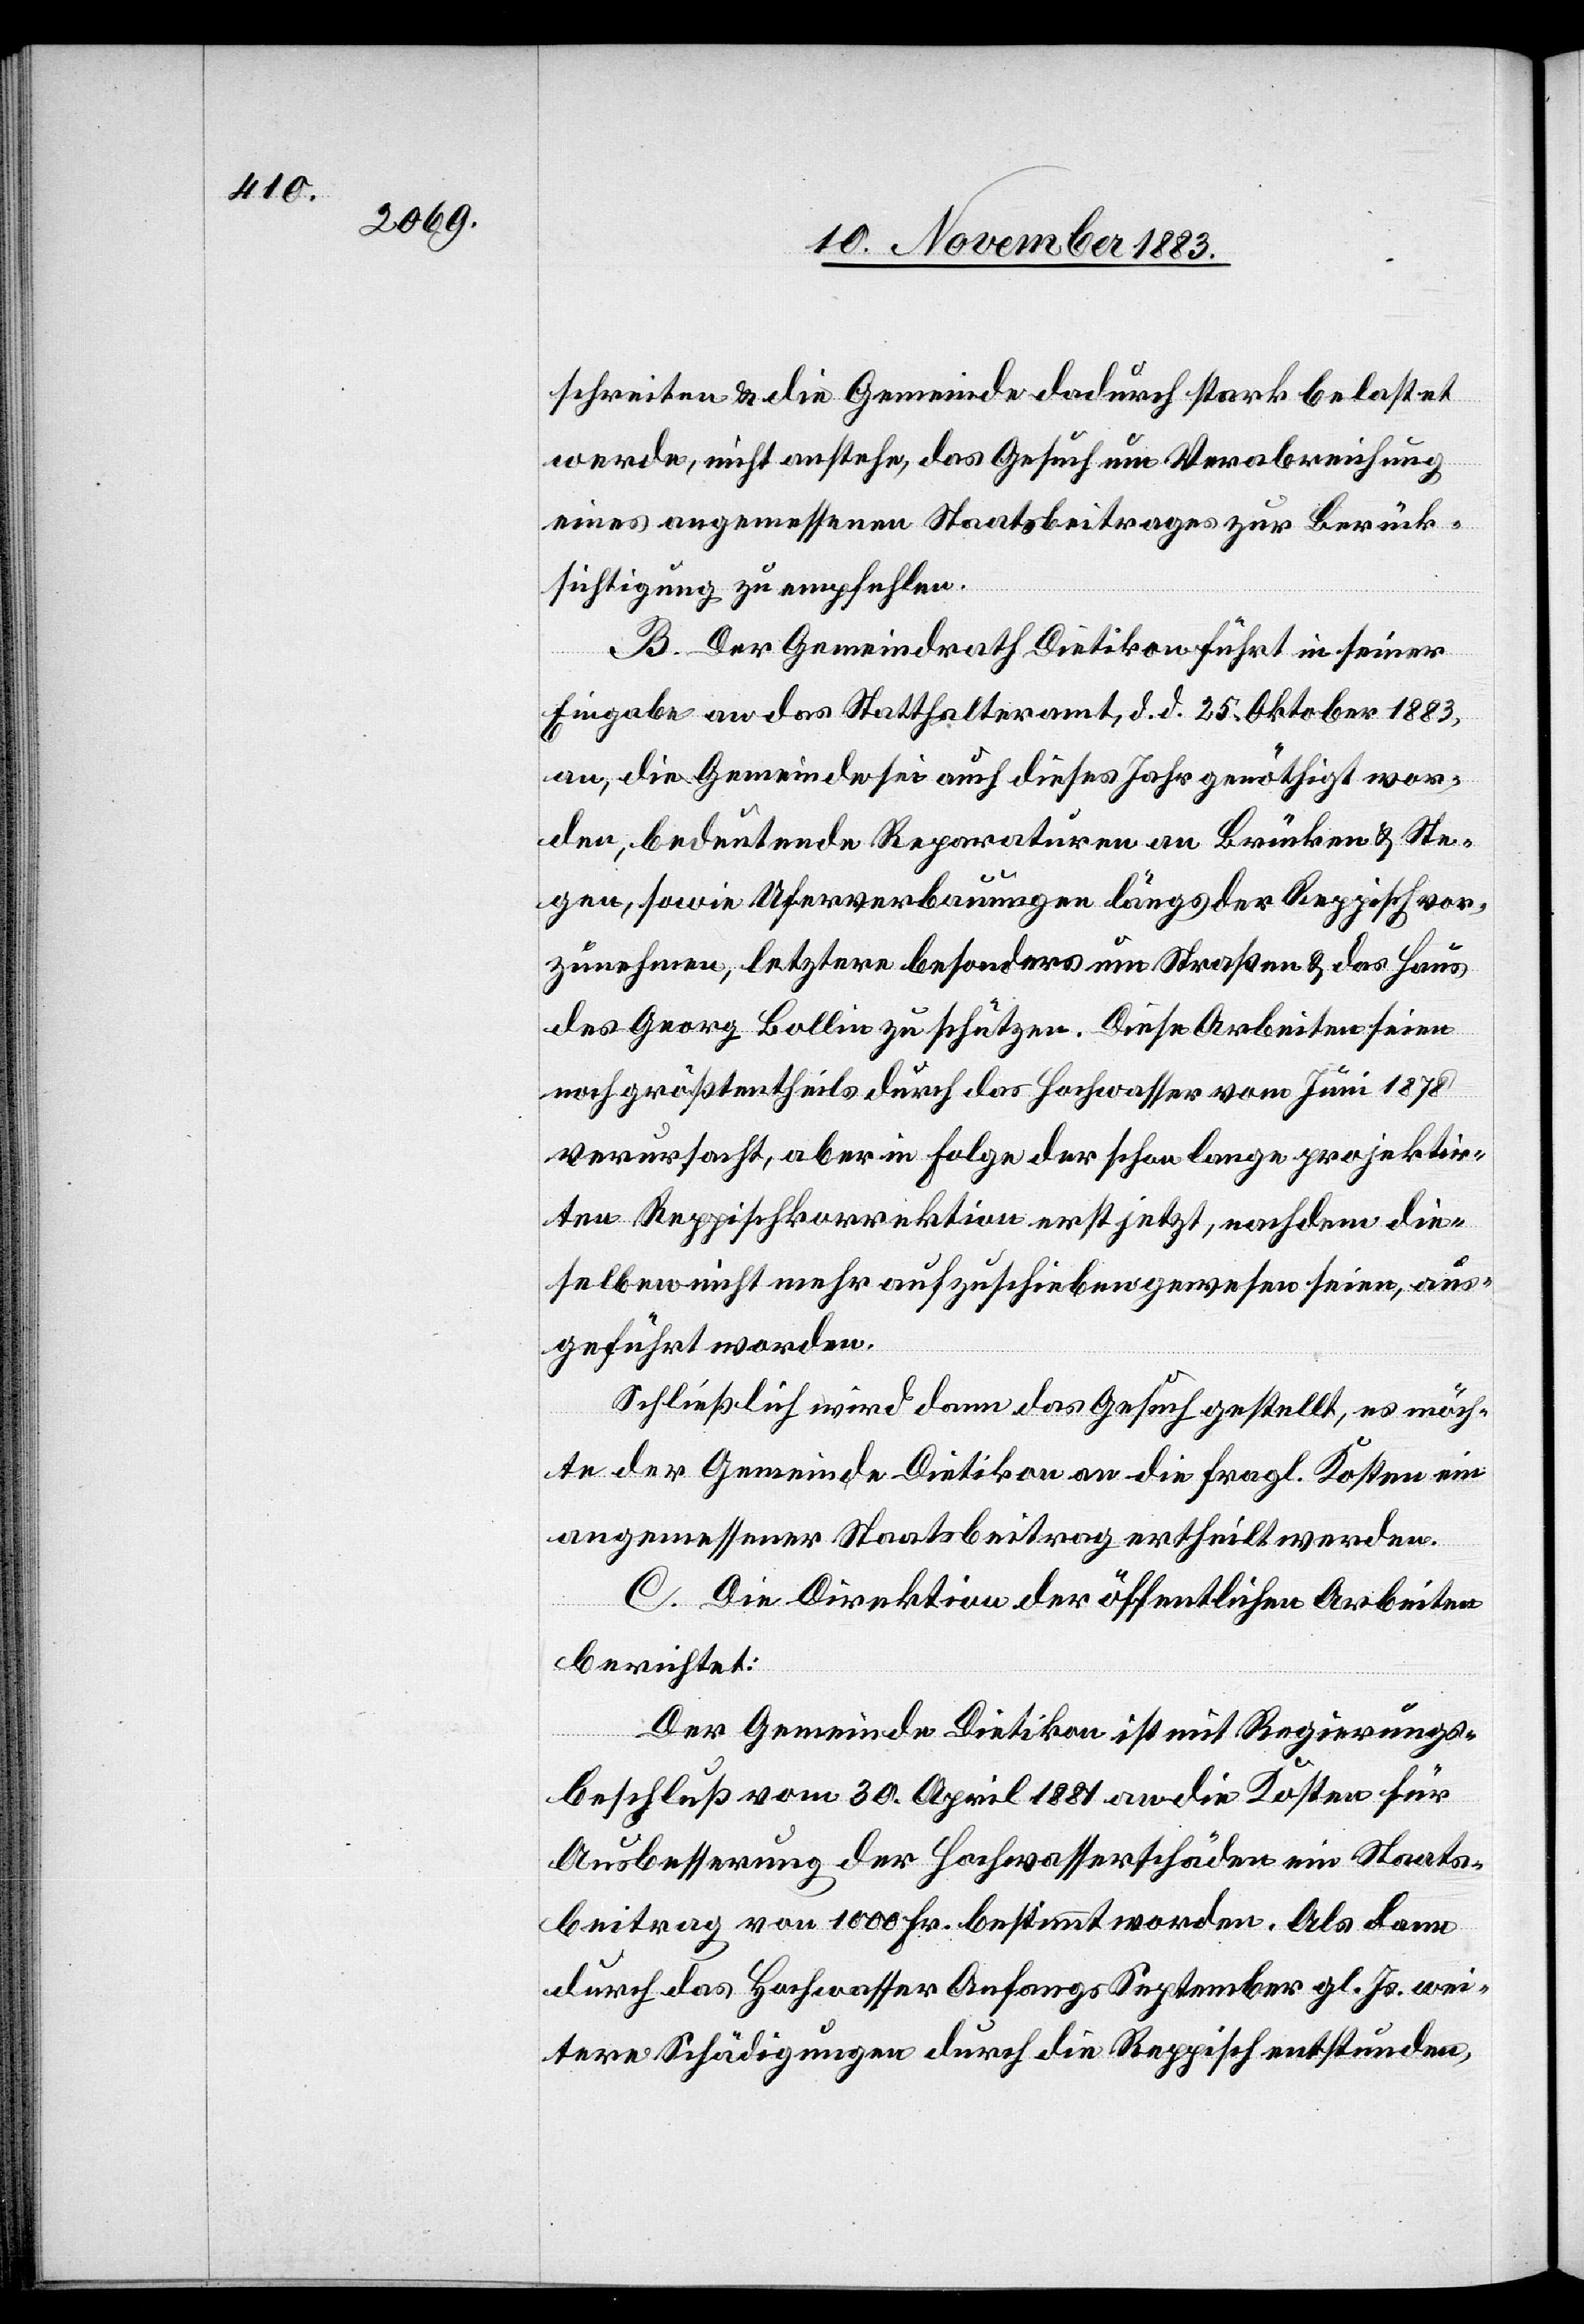
schreiten & die Gemeinde dadurch stark belastet
werde, nicht anstehe, das Gesuch um Verabreichung
eines angemessenen Staatsbeitrages zur Berück¬
sichtigung zu empfehlen.
B. Der Gemeindrath Dietikon führt in seiner
Eingabe an das Statthalteramt, d. d. 25. Oktober 1883,
an, die Gemeinde sei auch dieses Jahr genöthigt wor¬
den, bedeutende Reparaturen an Brücken & Ste¬
gen, sowie Uferverbauungen längs der Reppisch vor¬
zunehmen, letztere besonders um Straßen & das Haus
des Georg Bollin zu schützen. Diese Arbeiten seien
noch größtentheils durch das Hochwasser vom Juni 1878
verursacht, aber in Folge der schon lange projektir¬
ten Reppischkorrektion erst jetzt, nachdem die¬
selben nicht mehr aufzuschieben gewesen seien, aus¬
geführt worden.
Schließlich wird damit das Gesuch gestellt, es möch¬
te der Gemeinde Dietikon an die fragl. Kosten ein
angemessener Staatsbeitrag ertheilt werden.
C. Die Direktion der öffentlichen Arbeiten
berichtet:
Der Gemeinde Dietikon ist mit Regierungs¬
beschluß vom 30. April 1881 an die Kosten für
Ausbesserung der Hochwasserschäden ein Staats¬
beitrag von 1000 Fr. bestimmt worden. Als dann
durch das Hochwasser Anfangs September gl. Js. wei¬
tere Schädigungen durch die Reppisch entstanden,